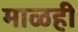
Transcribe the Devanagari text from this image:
माळही